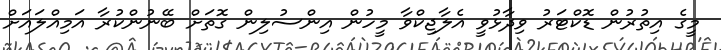
މީގެ އިތުރުން ޑޮކްޓަރު ވިދާޅުވީ އެލާޖިކްވާ މީހުން އިންސުލިން ގޮތަށް ބޭނުންކުރާ އަމިއްލައަށް